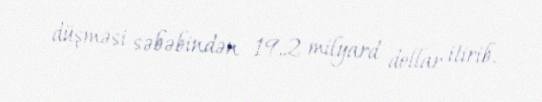
düşməsi səbəbindən 19,2 milyard dollar itirib.